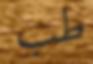
طب